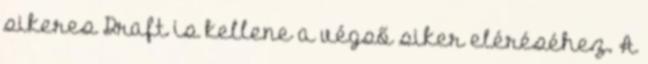
sikeres Draft is kellene a végső siker eléréséhez. A